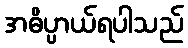
အဓိပ္ပာယ်ရပါသည်